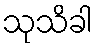
သုသိခါ